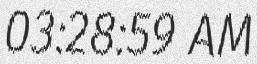
03:28:59 AM